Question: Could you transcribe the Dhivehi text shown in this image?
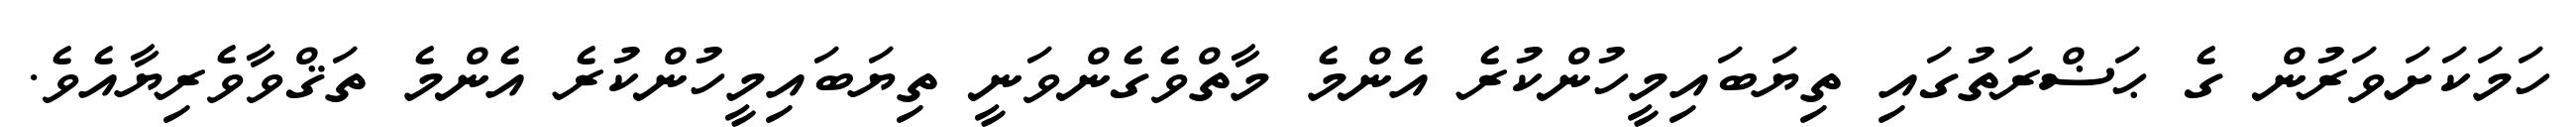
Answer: ހަމަކަށަވަރުން ގެ ޙަޟްރަތުގައި ތިޔަބައިމީހުންކުރެ އެންމެ މާތްވެގެންވަނީ ތިޔަބައިމީހުންކުރެ އެންމެ ތަޤްވާވެރިޔާއެވެ.